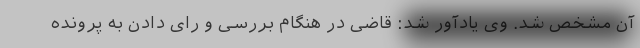
آن مشخص شد. وی یادآور شد: قاضی در هنگام بررسی و رای دادن به پرونده